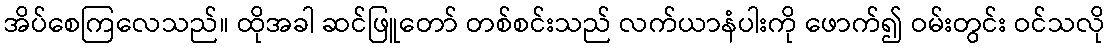
အိပ်စေကြလေသည်။ ထိုအခါ ဆင်ဖြူတော် တစ်စင်းသည် လက်ယာနံပါးကို ဖောက်၍ ဝမ်းတွင်း ဝင်သလို